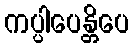
ကပ္ပါပေန္တိပေ